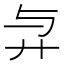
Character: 𢌱